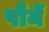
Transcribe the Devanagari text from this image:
पौमें